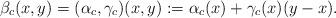
LaTeX: \begin{align*}\beta_c (x, y)=(\alpha_c, \gamma_c)(x,y):=\alpha_c(x) +\gamma_c(x)(y-x).\end{align*}